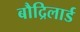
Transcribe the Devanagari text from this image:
बौद्रिलार्ड